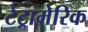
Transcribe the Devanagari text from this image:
टेट्रामेरिक